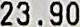
23.90